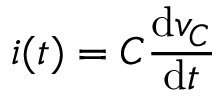
i ( t ) = C { \frac { \mathrm { d } v _ { C } } { \mathrm { d } t } }